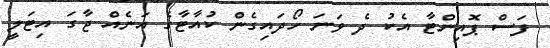
ފަސް ޕޮއިންޓާ އެކު ދެ ވަނަ ހޯދައިގެން ކުއާޓާގެ އަނެއް ޖާގަ އިޓަލީ